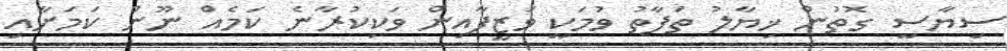
ސިޔާސީ ގޮތުން ޚިޔާލު ތަފާތު ވުމަކީ ވަޒީފާއިން ވަކިކުރާނެ ކަމެއް ނޫން ކަމަށާއި